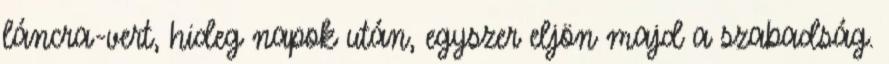
láncra-vert, hideg napok után, egyszer eljön majd a szabadság.